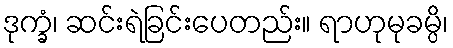
ဒုက္ခံ၊ ဆင်းရဲခြင်းပေတည်း။ ရာဟုမုခမ္ပိ၊